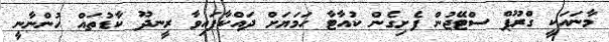
މާނައަކީ ގްރޫޕް ސްޓޭޖުން ފެށިގެން ކުއާޓާ ހަމަޔަށް ދައްކާފައިވާ ރީނދޫ ކާޑުތައް ހުންނާނީ